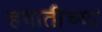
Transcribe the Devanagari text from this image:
हयातीच्या